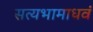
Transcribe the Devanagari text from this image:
सत्यभामाधवं